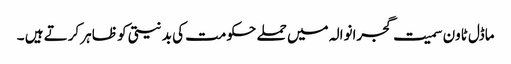
ماڈل ٹاون سمیت گجرانوالہ میں حملے حکومت کی بد نیتی کو ظاہر کرتے ہیں ۔